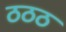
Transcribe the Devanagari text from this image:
ठठठ